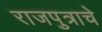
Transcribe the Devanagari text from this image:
राजपुत्राचे